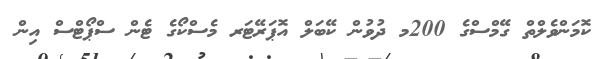
ކޮމަންވެލްތް ގޭމްސްގެ 200މ ދުވުން ކޭބަލް އޮޕަރޭޓަރ މެސްކޯގެ ޓެން ސްޕޯޓްސް އިން